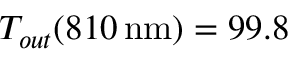
T _ { o u t } ( 8 1 0 \, \mathrm { n m } ) = 9 9 . 8 \, \